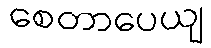
စေတာပေယျ